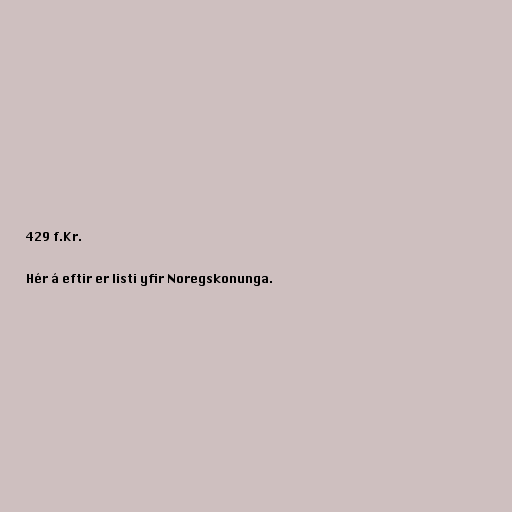
429 f.Kr.

Hér á eftir er listi yfir Noregskonunga.